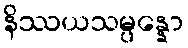
နိဿယသမ္ပန္နော